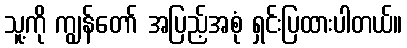
သူ့ကို ကျွန်တော် အပြည့်အစုံ ရှင်းပြထားပါတယ်။